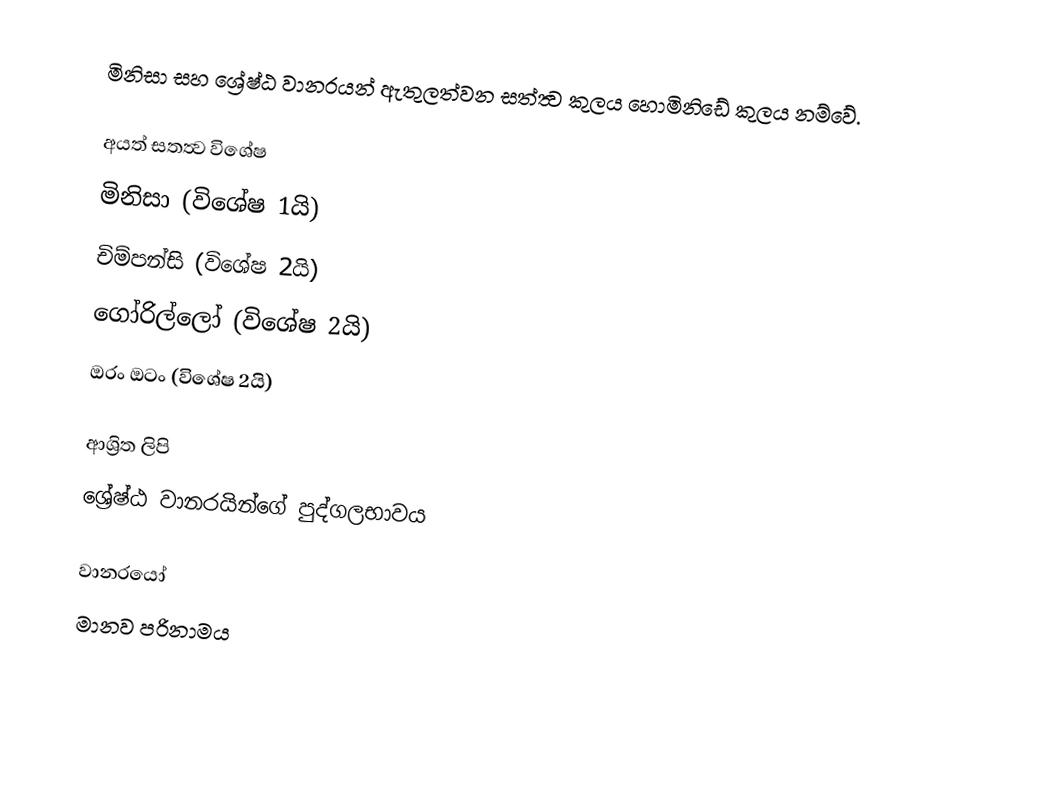
මිනිසා සහ ශ්‍රේෂ්ඨ වානරයන් ඇතුලත්වන සත්ත්‍ව කුලය හොමිනිඩේ කුලය නම්වේ.

අයත් සතත්‍ව විශේෂ
 මිනිසා (විශේෂ 1යි)
 චිම්පන්සි (විශේෂ 2යි)
 ගෝරිල්ලෝ (විශේෂ 2යි)
 ඔරං ඔටං  (විශේෂ 2යි)

ආශ්‍රිත ලිපි
 ශ්‍රේෂ්ඨ වානරයින්ගේ පුද්ගලභාවය

වානරයෝ
මානව පරිනාමය